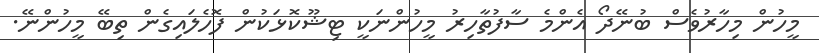
މީހުން މިހާރުވެސް ބުނޭދޯ އެންމެ ސާފުތާހިރު މީހުންނަކީ ޓިޝޫކޮޅަކުން ފޮހެލައިގެން ތިބޭ މީހުންނޭ.